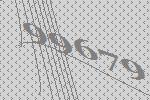
99679